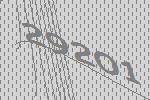
29201